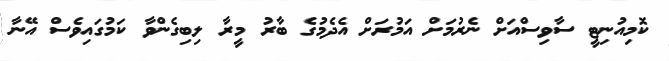
ކޮމިއުނިޓީ ސާވިސްއަށް ނެރުމަށް އަމުރަށް އެދެމުގެ ބާރު މީރާ ލިބިގެންވާ ކަމުގައިވެސް އޭނާ